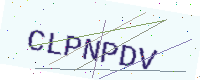
Text: CLPNPDV